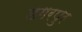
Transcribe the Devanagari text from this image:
डगरपुर